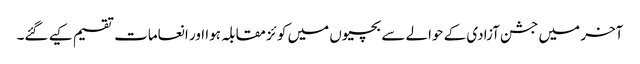
آخر میں جشن آزادی کے حوالے سے بچیوں میں کو ئز مقابلہ ہوا اور انعامات تقسیم کیے گئے۔